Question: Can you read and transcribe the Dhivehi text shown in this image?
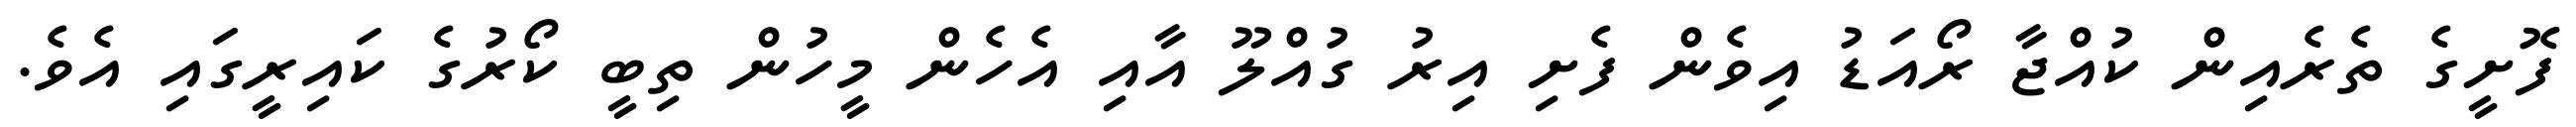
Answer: ފޮށީގެ ތެރެއިން ކުއްޖާ ރޯއަޑު އިވެން ފެށި އިރު ގުއްލޫ އާއި އެހެން މީހުން ތިބީ ކޯރުގެ ކައިރީގައި އެވެ.